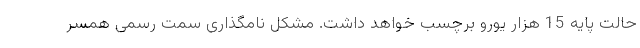
حالت پایه 15 هزار یورو برچسب خواهد داشت. مشکل نامگذاری سمت رسمی همسر